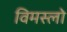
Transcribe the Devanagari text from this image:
विमस्लो